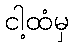
ငါ့ထံမှ